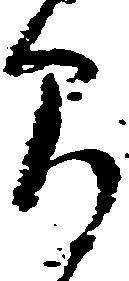
間